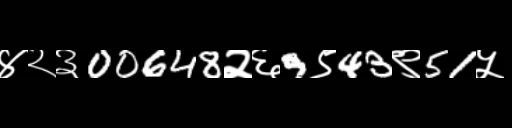
Text: ४२३00648२६9९43९51५